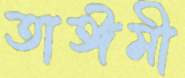
তাঈমী